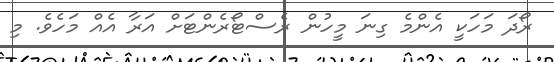
ރޯދަ މަހަކީ އެންމެ ގިނަ މީހުން ރެސްޓޯރެންޓަށް އަރާ އެއް މަހެވެ. މި